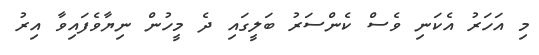
މި އަހަރު އެކަނި ވެސް ކެންސަރު ބަލީގައި ދެ މީހުން ނިޔާވެފައިވާ އިރު